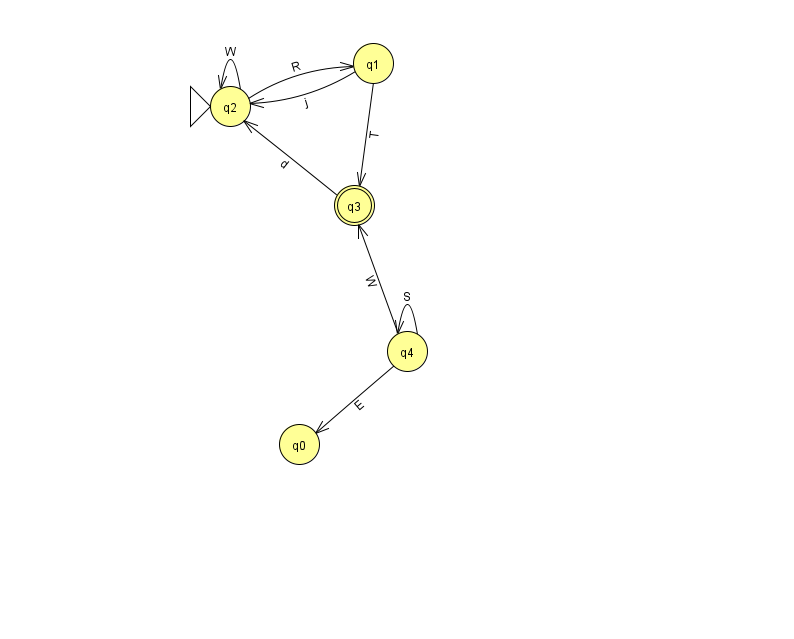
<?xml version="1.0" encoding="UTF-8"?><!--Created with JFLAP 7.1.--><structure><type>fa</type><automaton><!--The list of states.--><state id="0" name="q0"><x>299.0</x><y>431.0</y></state><state id="1" name="q1"><x>373.0</x><y>50.0</y></state><state id="2" name="q2"><x>230.0</x><y>93.0</y><initial/></state><state id="3" name="q3"><x>354.0</x><y>192.0</y><final/></state><state id="4" name="q4"><x>407.0</x><y>338.0</y></state><!--The list of transitions.--><transition><from>2</from><to>1</to><read>R</read></transition><transition><from>4</from><to>4</to><read>S</read></transition><transition><from>2</from><to>2</to><read>W</read></transition><transition><from>1</from><to>3</to><read>T</read></transition><transition><from>1</from><to>2</to><read>j</read></transition><transition><from>3</from><to>2</to><read>d</read></transition><transition><from>4</from><to>0</to><read>E</read></transition><transition><from>4</from><to>3</to><read>W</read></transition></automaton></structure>